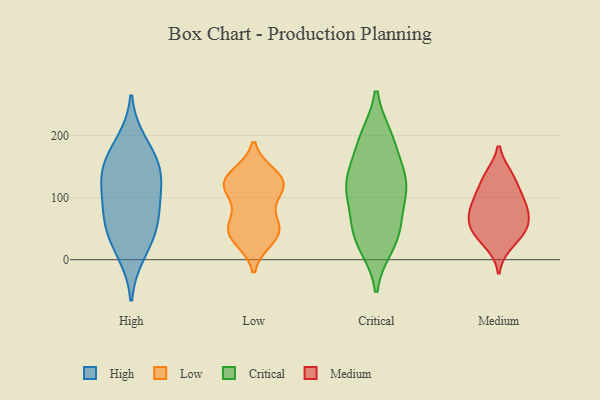
{"axis": {"x": "Website Visitors", "y": "Value"}, "legend": ["Critical", "High", "Low", "Medium"], "data": [{"x": "", "y": 160, "type": "High"}, {"x": "", "y": 46, "type": "High"}, {"x": "", "y": 134, "type": "High"}, {"x": "", "y": 11, "type": "High"}, {"x": "", "y": 147, "type": "High"}, {"x": "", "y": 46, "type": "High"}, {"x": "", "y": 83, "type": "High"}, {"x": "", "y": 123, "type": "High"}, {"x": "", "y": 83, "type": "High"}, {"x": "", "y": 188, "type": "High"}, {"x": "", "y": 33, "type": "Low"}, {"x": "", "y": 50, "type": "Low"}, {"x": "", "y": 136, "type": "Low"}, {"x": "", "y": 123, "type": "Low"}, {"x": "", "y": 103, "type": "Low"}, {"x": "", "y": 123, "type": "Low"}, {"x": "", "y": 40, "type": "Low"}, {"x": "", "y": 122, "type": "Low"}, {"x": "", "y": 125, "type": "Low"}, {"x": "", "y": 52, "type": "Low"}, {"x": "", "y": 57, "type": "Low"}, {"x": "", "y": 126, "type": "Critical"}, {"x": "", "y": 41, "type": "Critical"}, {"x": "", "y": 63, "type": "Critical"}, {"x": "", "y": 57, "type": "Critical"}, {"x": "", "y": 189, "type": "Critical"}, {"x": "", "y": 141, "type": "Critical"}, {"x": "", "y": 121, "type": "Critical"}, {"x": "", "y": 126, "type": "Critical"}, {"x": "", "y": 196, "type": "Critical"}, {"x": "", "y": 112, "type": "Critical"}, {"x": "", "y": 28, "type": "Critical"}, {"x": "", "y": 195, "type": "Critical"}, {"x": "", "y": 107, "type": "Critical"}, {"x": "", "y": 23, "type": "Critical"}, {"x": "", "y": 26, "type": "Medium"}, {"x": "", "y": 48, "type": "Medium"}, {"x": "", "y": 134, "type": "Medium"}, {"x": "", "y": 49, "type": "Medium"}, {"x": "", "y": 99, "type": "Medium"}, {"x": "", "y": 84, "type": "Medium"}, {"x": "", "y": 71, "type": "Medium"}, {"x": "", "y": 131, "type": "Medium"}, {"x": "", "y": 93, "type": "Medium"}, {"x": "", "y": 54, "type": "Medium"}]}